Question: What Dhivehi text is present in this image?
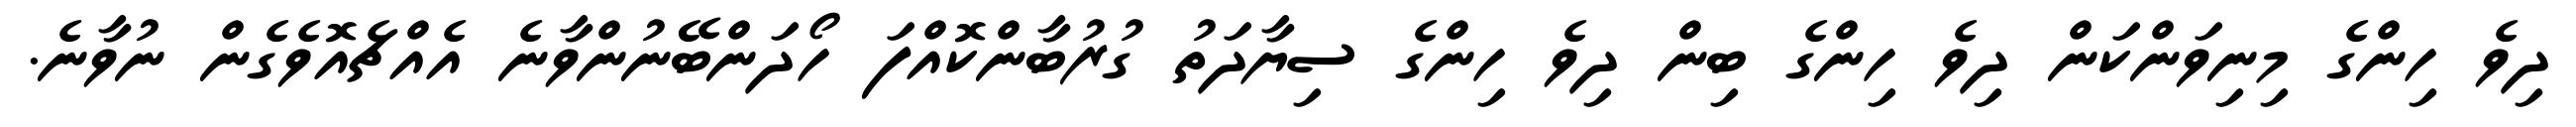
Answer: ދިވެ ހިންގެ މިނިވަންކަން ދިވެ ހިންގެ ބިން ދިވެ ހިންގެ ސިޔާދަތު ގުރުބާންކޮއްފަ ހޯދަންބޭނުންވާނެ އެއްޗެއޮވެގެން ނުވާނެ.